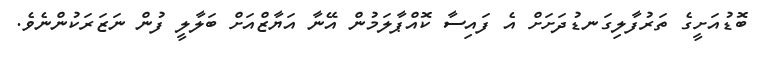
ބޮޑުއަށީގެ ތަރުފާލިގަނޑުދަށަށް އެ ފައިސާ ކޮއްޕާލަމުން އޭނާ އަޔާޒްއަށް ބަލާލީ ފުން ނަޒަރަކުންނެވެ.